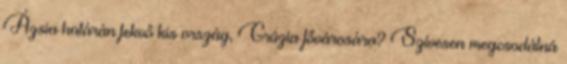
Ázsia határán fekvő kis ország, Grúzia fővárosára? Szívesen megcsodálná